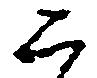
二